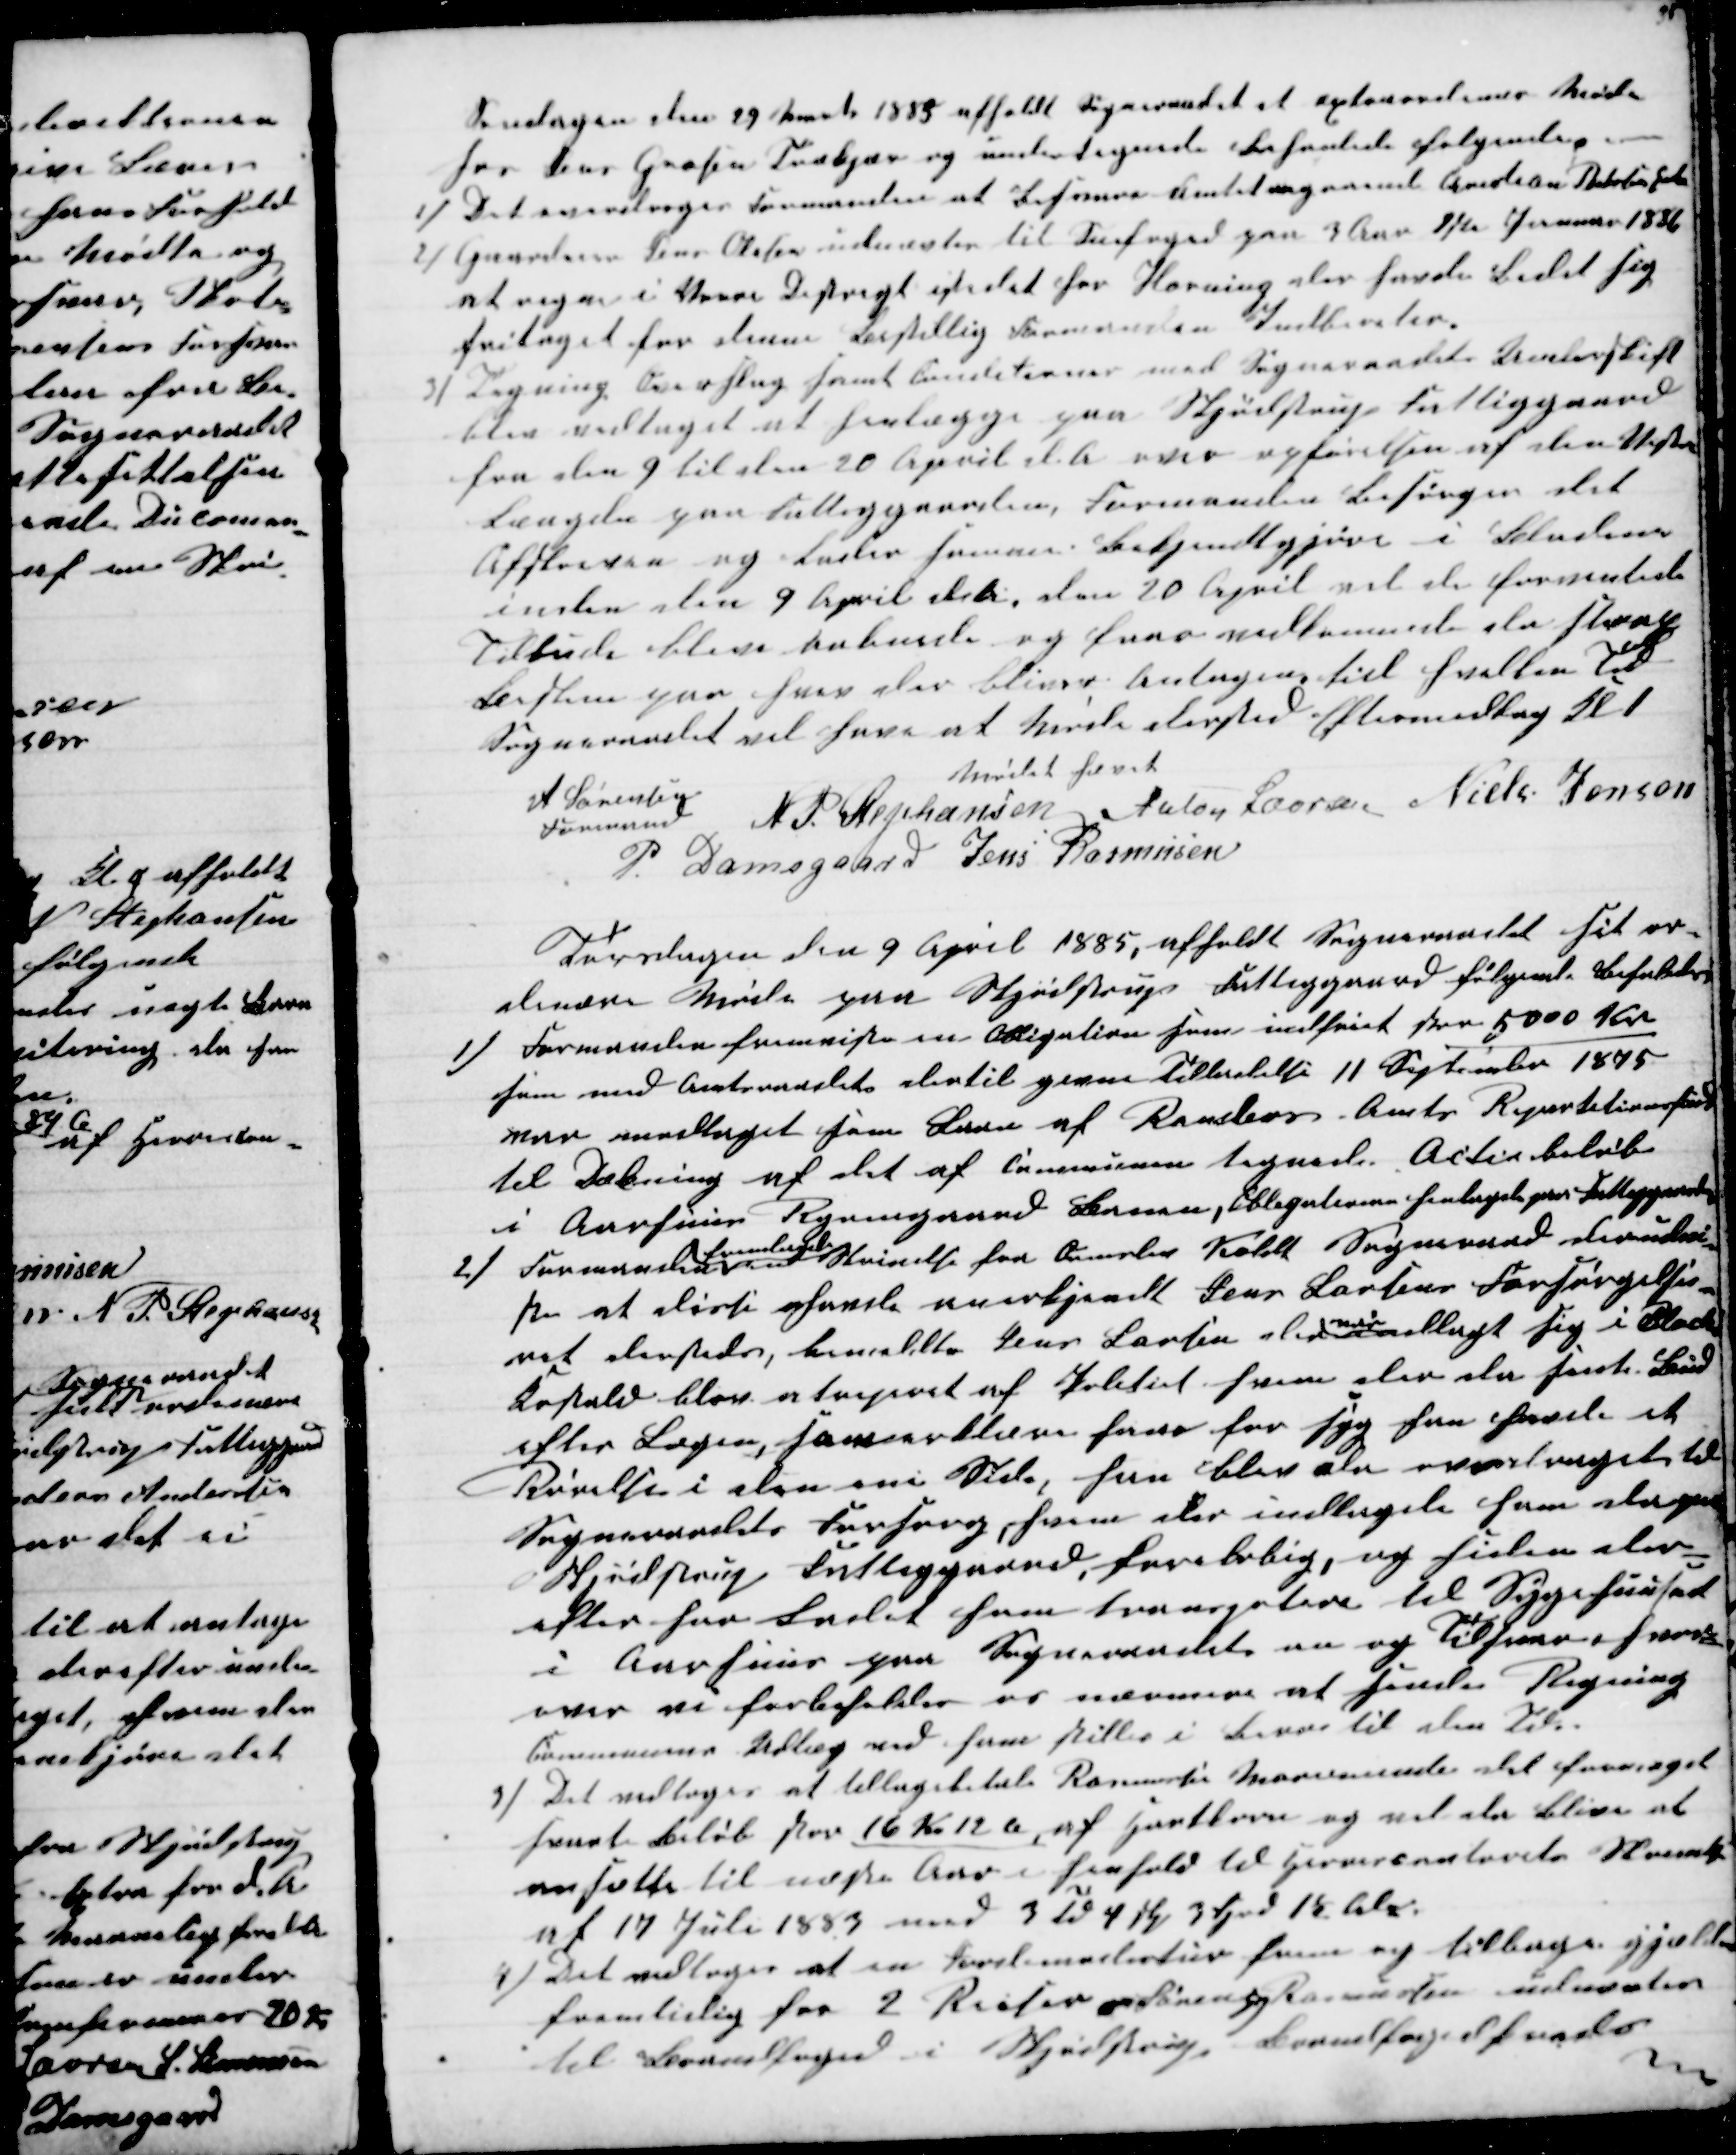
Transskription:
Søndagen den 29 Marts 1885 afholdt Sogneraadet et æxtraordinært Møde
hos Jens Grosen Trækjær og undertegnede behanlede følgende.
1) Det overdroges Formanden at Informere Amtet angaaend Christian  Enke
2) Gaardeier Jens Olesen udnævtes til Snefoged paa 3 Aar 1ste Januar 1886
at regne i Vorre Distrigt istedet for Hørning der havde bedt sig
fritaget for denne Bestilling Formanden Indbereter.
3)
Tegning Overslag samt Conditioner med Sogneraadets Underskrift
blev vedtaget at henlægge paa Skjødstrup Fattiggaard
fra den 9 til den 20 April d A over opførelsen af den Vestre
Længde paa Fattiggaarden, Formanden Besørger det
Afskreven og lader samme Bekjendtgjøre i Bladene
inden den 9 April d A, den 20 April vil de forventede
Tilbud blive aabnede og faar vedkommende da strax
Beskem på hvem der bliver antagen til hvilken Tid
Sogneraadet vil have at Møde dersted Eftermiddag Kl 1
Mødet hævet
A Sørensen
Formand
N. P. Stephansen Anton Laursen Niels Jensen
P. Damsgaard Jens Rasmusen
Torsdagen den 9 April 1885, afholdt Sogneraadet sit or-
dinære Møde paa Skjødstrup Fattiggaard følgende behanledes
1)
Formanden fremviste en Obligation som indfriet stor 5000 Kr.
som med Amtsraadets dertil givne Tilladelse 11 September 1875
var vedtaget som Laan af Randers Amts Repartitionsfond
til Dækning af det af Communen tegnede Actiebeløb
i Aarhuus Ryomgaard Banen, Obligationen henlagdes paa Fattiggaarden
2) Formanden
fremlagde
en Skrivelse fra Ormslev Koldt Sogneraad der udvi-
ste at disse havde anerkjendt Jens Larsens Forsørgelses-
ret dersteds, bemeldte Jens Larsen der
vis
udlagt sig i Blacks
Kostald blev  af Politiet hvem der da sente Bud
efter Lægen, som erklære ham for Syg han havde et
Rørelse i den ene Side, han blev da overdraget til
Sogneraadets Forsorg hvem der indlagde ham derpaa
Skjødstrup Fattiggaard, foreløbig, og siden der-
efter har Ladet ham transportere til Sygehuuset
i Aarhuus paa Sogneraadets nu og Tilsvar hvor-
over vi forbeholder os nærmere at sende Regning
Communens Udlæg med ham stilles i Bero til den Tid.
3) Det vedtoges at tilbagebetale Rasmussen Mariesminde det formeget
sente beløb stor 16 Kr 12 Ø, af Hartkorn og vil da blive at
omsætte til næste Aar i Henhold til Herredscontorets Skrivelse
af 17 Juli 1883 med 3 Td 4 Skp 3 Fjrd 18 Al.
4)
Det vedtoges at en Jordemodertur frem og tilbage gjælder
fremtidig for 2 Reiser Søren  Rasmussen udnævtes
til Brandfoged i Skjødstrup Brandfogedkreds